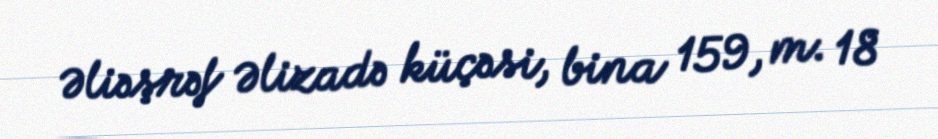
Əliəşrəf Əlizadə küçəsi, bina 159, m. 18